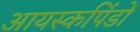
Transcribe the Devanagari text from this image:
आयस्कपिंडों